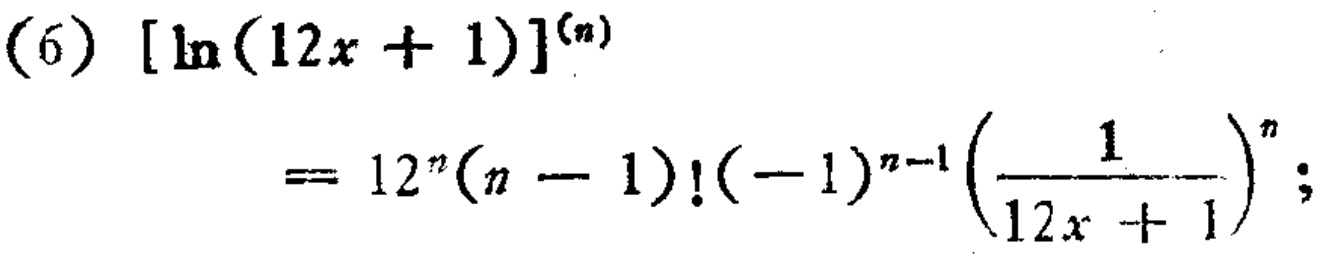
(6) \([\ln(12x + 1)]^{(n)} = 12^{n}(n - 1)!(-1)^{n - 1}\left(\frac{1}{12x + 1}\right)^{n};\)